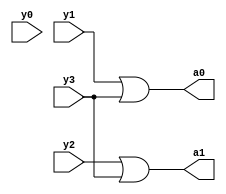
module encoder4to2(y3,y2,y1,y0,a1,a0);
  input y3,y2,y1,y0;
  output a1,a0;
  or(a0,y1,y3);
  or(a1,y2,y3);
endmodule